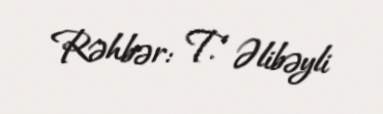
Rəhbər: T. Əlibəyli